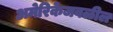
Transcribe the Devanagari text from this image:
अमेरिकेजवळील